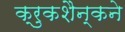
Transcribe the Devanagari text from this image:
क्रुकशैन्कने